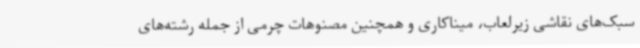
سبک‌های نقاشی زیرلعاب، میناکاری و همچنین مصنوهات چرمی از جمله رشته‌های